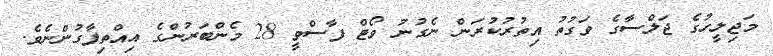
މަޖިލީހުގެ ޖަލްސާގެ ވަގުތު އިތުރުކުރަން ނެގުނު ވޯޓް ފާސްވީ 28 މެންބަރުންގެ އިއްތިފާގުންނެވެ.